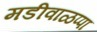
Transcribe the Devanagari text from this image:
मडीवाळप्पा